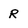
Character: R